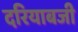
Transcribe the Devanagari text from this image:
दरियाबजी